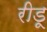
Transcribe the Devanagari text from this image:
रीडू